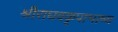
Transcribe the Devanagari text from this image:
श्रीराघवकृपाभाष्य